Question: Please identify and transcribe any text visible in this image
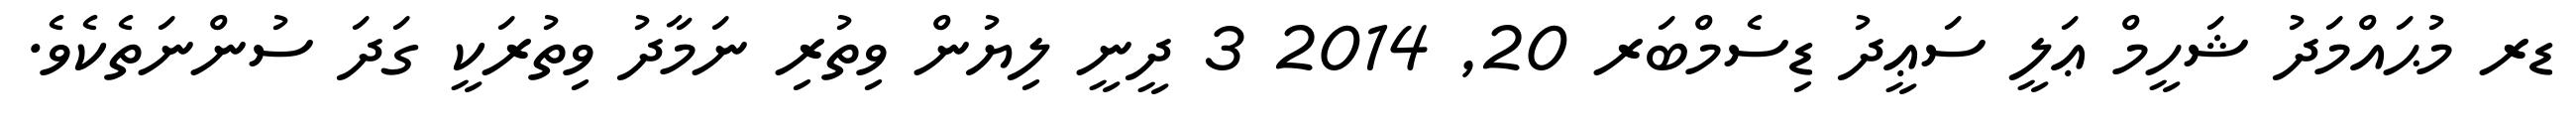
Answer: ޑރ މުޙައްމަދު ޝަހީމް ޢަލީ ސަޢީދު ޑިސެމްބަރ 20, 2014 3 ދީނީ ލިޔުން ވިތުރި ނަމާދު ވިތުރަކީ ގަދަ ސުންނަތެކެވެ.